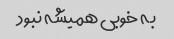
به خوبی همیشه نبود